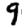
Digit: 9